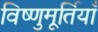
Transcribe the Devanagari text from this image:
विष्णुमूर्तियाँ